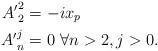
LaTeX: \begin{align*} {A'}^2_2 &= -ix_p\\{A'}^j_n &= 0 \ \forall n>2, j>0.\end{align*}